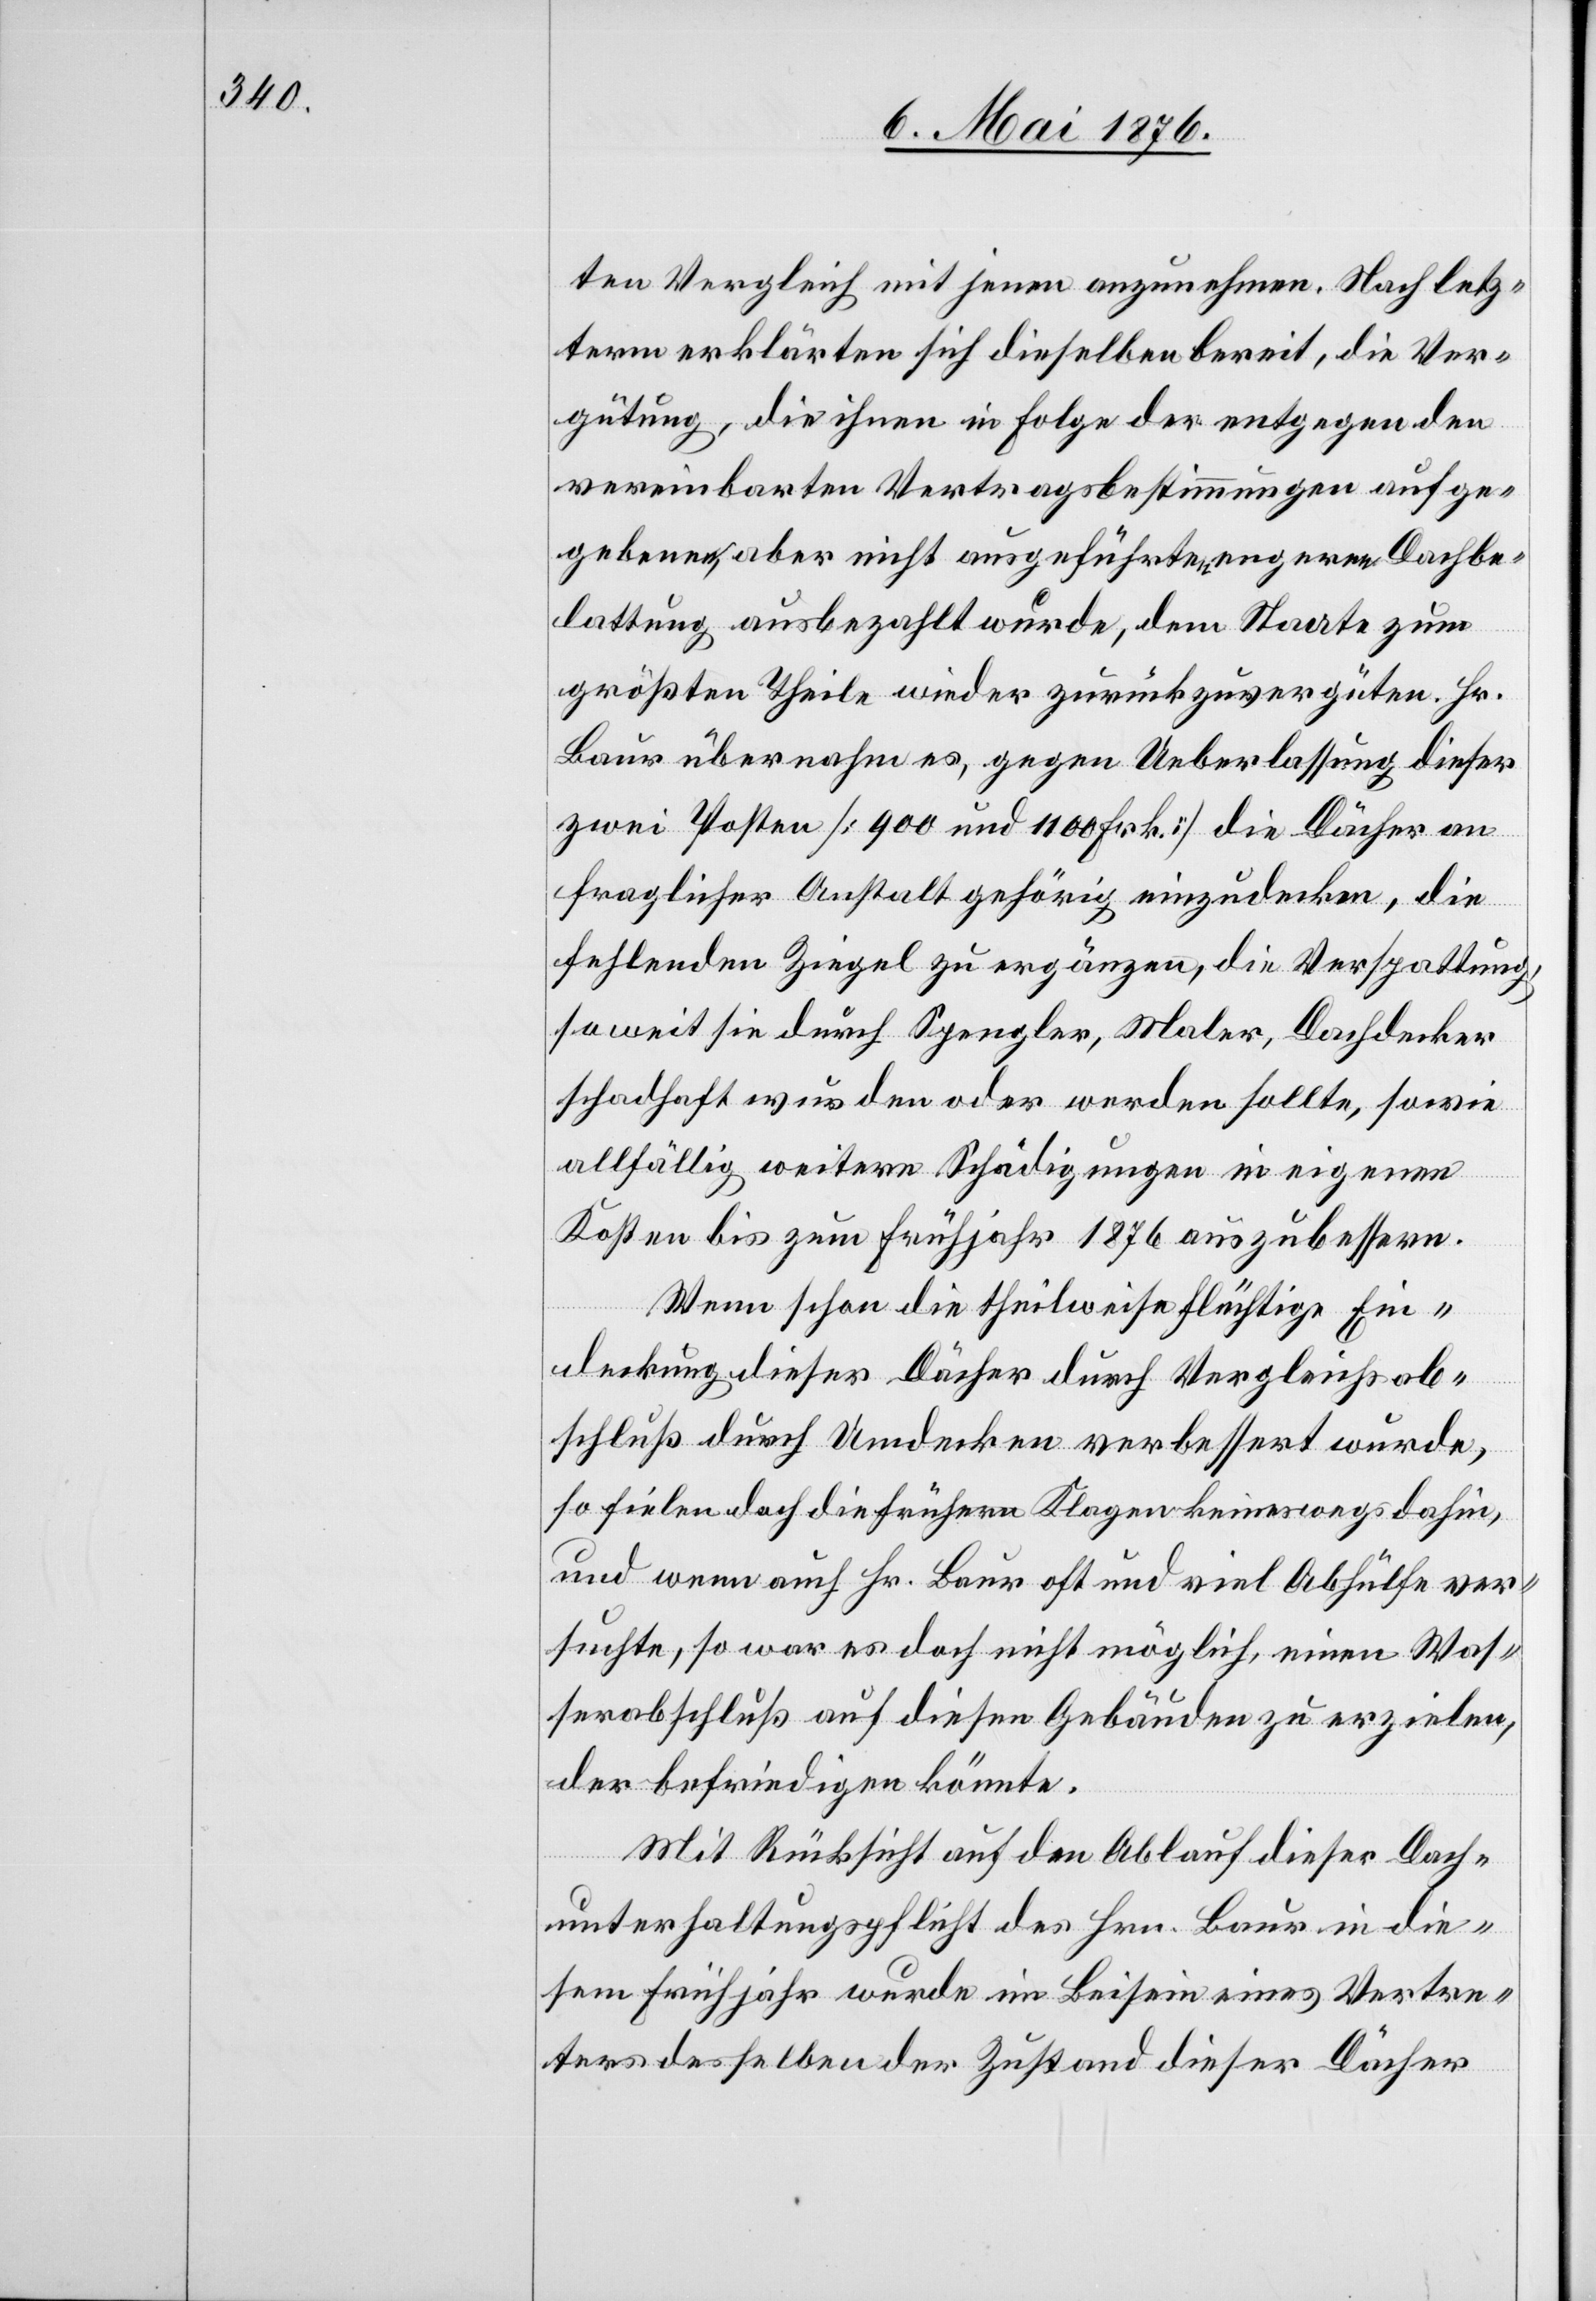
ten Vergleich mit jenen anzunehmen. Nach letz¬
term erklärten sich dieselben bereit, die Ver¬
gütung, die ihnen in Folge der entgegen den
vereinbarten Vertragsbestimmungen aufge¬
gebenen, aber nicht ausgeführten, engeren Dachbe¬
lattung ausbezahlt wurde, dem Staate zum
größten Theile wieder zurückzuvergüten. Hr.
Baur übernahm es, gegen Ueberlassung dieser
zwei Posten [900 und 1100 Frk.] die Dächer an
fraglicher Anstalt gehörig einzudecken, die
fehlenden Ziegel zu ergänzen, die Verspattung,
soweit sie durch Spengler, Maler, Dachdecker
schadhaft wurden [sic!] oder werden sollte, sowie
allfällig weitere Schädigungen in eigenen
Kosten bis zum Frühjahr 1876 auszubessern.
Wenn schon die theilweise flüchtige Ein¬
deckung dieser Dächer durch Vergleichsab¬
schluß durch Umdecken verbessert wurde,
so fielen doch die früheren Klagen keineswegs dahin
und wenn auch Hr. Baur oft und viel Abhülfe ver¬
suchte, so war es doch nicht möglich, einen Was¬
serabschluß auf diesen Gebäuden zu erzielen,
der befriedigen könnte.
Mit Rücksicht auf den Ablauf dieser Dach¬
unterhaltungspflicht des Hrn. Baur in die¬
sem Frühjahr wurde im Beisein eines Vertre¬
ters desselben der Zustand dieser Dächer